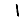
Digit: 1